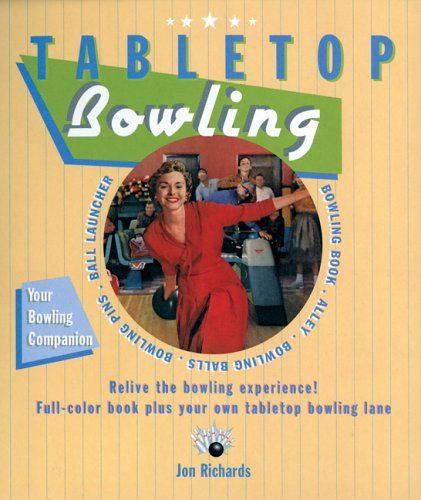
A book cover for Tabletop Bowling; Jon Richards; Sports & Outdoors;